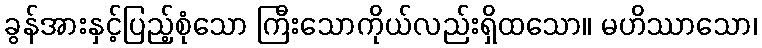
ခွန်အားနှင့်ပြည့်စုံသော ကြီးသောကိုယ်လည်းရှိထသော။ မဟိဿာသော၊